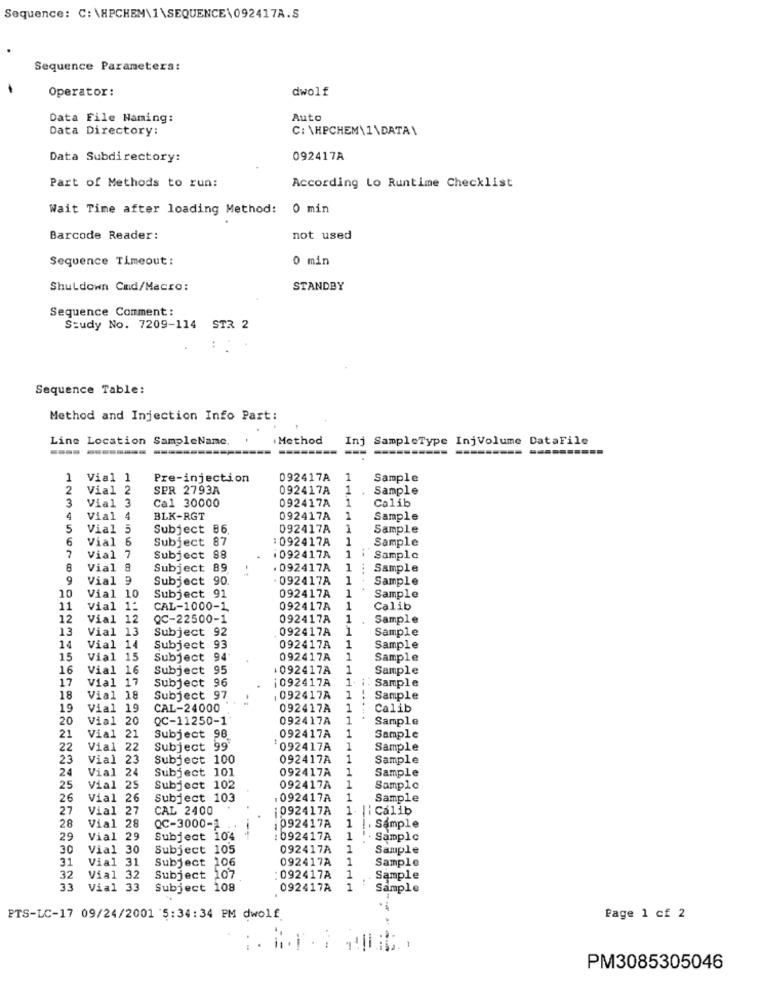
Sequence: C: \HPCHEM\1\SEQUENCE\092417A.S
Sequence Parameters:
Operator:
dwolf
Data File Naming:
Auto
Data Directory:
C: \HPCHEM\1\DATA\
Data Subdirectory:
092417A
Part of Methods to run:
According Lo Runtime Checklist
Wait Time after loading Method: 0 min
Barcode Reader:
not used
Sequence Timeout :
0 min
Shutdown Cind/Macro:
STANDBY
Sequence Comment :
Study No. 7209-114 STR 2
Sequence Table:
Method and Injection Info Part:
Line Location SampleNanc.
. Method
Inj SampleType InjVolume DataFile
---- --------
----
1
Vial 1
Pre-injection
092417A
1
Sample
2
Vial 2
SPR 2793A
092417A
1
Sample
3
1
Vial 3
Cal 30000
092417A
Calib
4
Vial 4
BLK-RGT
092417A
1
Sample
5
Vial 5
Subject 86.
092417A
1
Sample
6
Vial 6
Subject 87
:092417A
1
Sample
7
Vial 7
Subject 88
i 092417A
1
Sample
8
Vial
Subject 89
092417A
1
Sample
9
Vial
Subject 90.
092417A
1
Sample
1
Sample
10
Vial 1
Subject 91
092417A
11
Vial 1:
CAL-1000-1
092417A
1
Calib
12
Vial 1
QC-22500-1
092417A
1
Sample
13
Vial 13
Subject 92
092417A
1
Sample
14
Vial 14
Subject 93
092417A
1
Sample
15
Via1 15
Subject 94
092417A
1
Sample
16
Vial
16
Subject 95
092417A
1
Sample
Vial 17
Subject 96
1.
17
¡092417A
Sample
18
Vial 18
Subject 97
, 092417A
1
-.
Sample
19
Vial 19
CAL-24000
092417A
1
Calib
20
Via1
20
QC-11250-1'
092417A
1
Sample
1
21
Vial
21
Subject 98.
092417A
Sample
22
Vial 22
Subject 99
1092417A
1
Sample
23
Vial
23
Subject 100
092417A
1
Sample
24
Vial
24
Subject 101
092417A
1
Sample
25
Vial 25
Subject 102
092417A
1
Sample
26
Vial 26
Subject 103
. 092417A
1
Sample
27
Vial
27
CAL 2400
¡092417A
1 || Calib
Vial
28
28
QC-3000-1
1092417A
1
1. Sample
29
Vial 29
Subject 104
---
: 092417A
1
' . Sample
30
Vial
30
Subject 105
092417A
1
Sample
31
Vial
31
Subject 106
092417A
1
Sample
32
Vial 32
Subject 107
: 092417A
1
Sample
3.3
Vial 33
Subject 108
092417A
1
Sample
PTS-LC-17 09/24/2001 5:34:34 PM dwolf
Page 1 cf 2
:.
PM3085305046